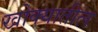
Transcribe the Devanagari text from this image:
खोक्यातील